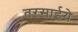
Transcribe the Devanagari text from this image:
तरसाईये